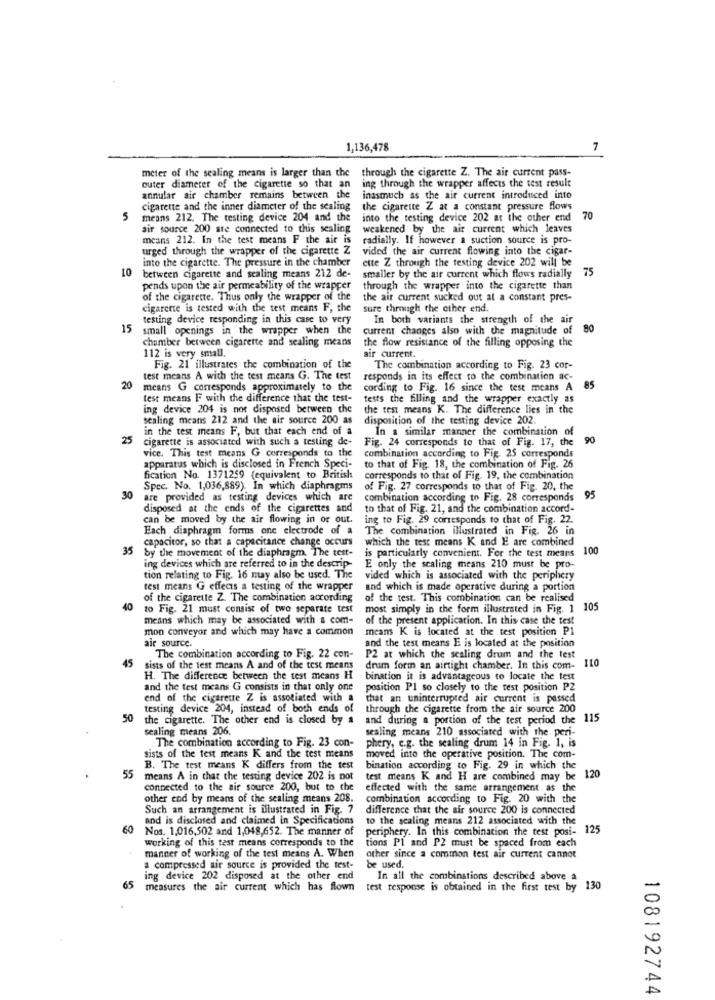
1,136,478
meter of the sealing means is larger than the through the cigarette Z. The air current pass-
outer diameter of the cigarette so that an
ing through the wrapper affects the test result
annular air chamber remains between the
inasmuch as the air current introduced into
cigarette and the inner diameter of the sealing
the cigarette Z at a constant pressure flows
5
means 212. The testing device 204 and the
into the testing device 202 at the other end
70
air source 200 ste connected to this sealing
weakened by the air current which leaves
means 212. In the test means F the air is
radially. If however a suction source is pro-
urged through the wrapper of the cigarette Z
vided the air current flowing into the cigar-
into the cigarette. The pressure in the chamber
ette Z through the testing device 202 will be
75
between cigarette and sealing means 212 de-
smaller by the air current which flows radially
pends upon the air permeability of the wrapper
through the wrapper into the cigarette than
of the cigarette. Thus only the wrapper of the
the air current sucked out at a constant pres-
cigarette is tested with the test means F, the
sure through the other end.
testing device responding in this case to very
In both variants the strength of the air
15
small openings in the wrapper when the
current changes also with the magnitude of
80
chamber between cigarette and sealing means
the flow resistance of the filling opposing the
112 is very small.
air current.
Fig. 21 illustrates the combination of the
The combination according to Fig. 23 cor-
test means A with the test means G. The test
responds in its effect to the combination ac-
20
means G corresponds approximately to the
cording to Fig. 16 since the test means A
85
test means F with the difference that the test-
tests the filling and the wrapper exactly as
ing device 204 is not disposed between che
the test means K. The difference lies in the
sealing means 212 and the air source 200 as
disposition of the testing device 202.
in the test means F, but that each end of a
In a similar manner the combination of
25
cigarette is associated with such a testing de-
Fig. 24 corresponds to that of Fig. 17, the
90
vice. This test means G corresponds to the
combination according to Fig. 25 corresponds
apparatus which is disclosed in French Speci-
to that of Fig. 18, the combination of Fig. 26
fication No. 1371259 (equivalent to British
corresponds to that of Fig. 19, the combination
Spec. No. 1,036,889). In which diaphragms
of Fig. 27 corresponds to that of Fig. 20, the
30
are provided as testing devices which are
combination according to Fig. 28 corresponds
95
disposed at the ends of the cigarettes and
to that of Fig. 21, and the combination accord-
can be moved by the air flowing in or out.
ing to Fig. 29 corresponds to that of Fig. 22.
Each diaphragm forms one electrode of a
The combination illustrated in Fig. 26 in
capacitor, so that a capacitance change occurs
which the test means K and E are combined
35
by the movement of the diaphragm. The test-
is particularly convenient. For the test mears 100
ing devices which are referred to in the descrip-
E only the scaling means 210 must be pro-
tion relating to Fig. 16 may also be used. The
vided which is associated with the periphery
test means G effects a testing of the wrapper
and which is made operative during a portion
of the cigarette Z. The combination according
of the test. This combination can be realised
40
to Fig. 21 must consist of two separate test
most simply in the form illustrated in Fig. 1 105
means which may be associated with a com-
of the present application. In this case the test
mon conveyor and which may have a common
means K is located at the test position P1
and the test means E is located at the position
air source.
45
The combination according to Fig. 22 con-
P2 at which the scaling drum and the test
110
sists of the test means A and of the test means
drum form an airtight chamber. In this com-
H. The difference between the test means H
bination it is advantageous to locate the test
and the test means G consists in that only one
position Pl so closely to the test position PZ
end of the cigarette Z is associated with a
that an uninterrupted air current is passed
testing device 204, instead of both ends of
through the cigarette from the air source 200
50
the cigarette. The other end is closed by a
and during a portion of the test period the 115
sealing means 206.
sealing means 210 associated with the peri-
The combination according to Fig. 23 con-
phery, e.g. the sealing drum 14 in Fig. 1, is
sists of the test means K and the test means
moved into the operative position. The com-
B. The test means K differs from the test
bination according to Fig. 29 in which the
55
means A in that the testing device 202 is not
test means K and H are combined may be
120
connected to the air source 200, but to the
effected with the same arrangement as the
other end by means of the sealing means 208.
combination according to Fig. 20 with the
Such an arrangement is illustrated in Fig. 7
difference that the air source 200 is connected
and is disclosed and claimed in Specifications
to the scaling means 212 associated with the
60
Nos. 1.016,502 and 1,048,652. The manner of
periphery. In this combination the test posi- 125
working of this test means corresponds to the
tions PI and P2 must be spaced from each
manner of working of the test means A. When
other since a common test air current cannot
a compressed air source is provided the test-
be used.
ing device 202 disposed at the other end
In all the combinations described above a
65
measures the air current which has flown
test response is obtained in the first test by 130
108192744